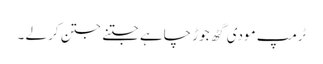
ٹرمپ مودی گٹھ جوڑ چاہے جتنے جتن کر لے ۔